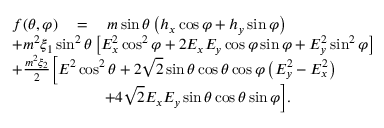
\begin{array} { r l } & { f ( \theta , \varphi ) \quad = \quad m \sin \theta \left( h _ { x } \cos \varphi + h _ { y } \sin \varphi \right) } \\ & { + m ^ { 2 } \xi _ { 1 } \sin ^ { 2 } \theta \left[ E _ { x } ^ { 2 } \cos ^ { 2 } \varphi + 2 E _ { x } E _ { y } \cos \varphi \sin \varphi + E _ { y } ^ { 2 } \sin ^ { 2 } \varphi \right] } \\ & { + \frac { m ^ { 2 } \xi _ { 2 } } { 2 } \Big [ E ^ { 2 } \cos ^ { 2 } \theta + 2 \sqrt { 2 } \sin \theta \cos \theta \cos \varphi \left( E _ { y } ^ { 2 } - E _ { x } ^ { 2 } \right) } \\ & { \qquad \qquad \qquad + 4 \sqrt { 2 } E _ { x } E _ { y } \sin \theta \cos \theta \sin \varphi \Big ] . } \end{array} \raisetag { 1 \baselineskip }